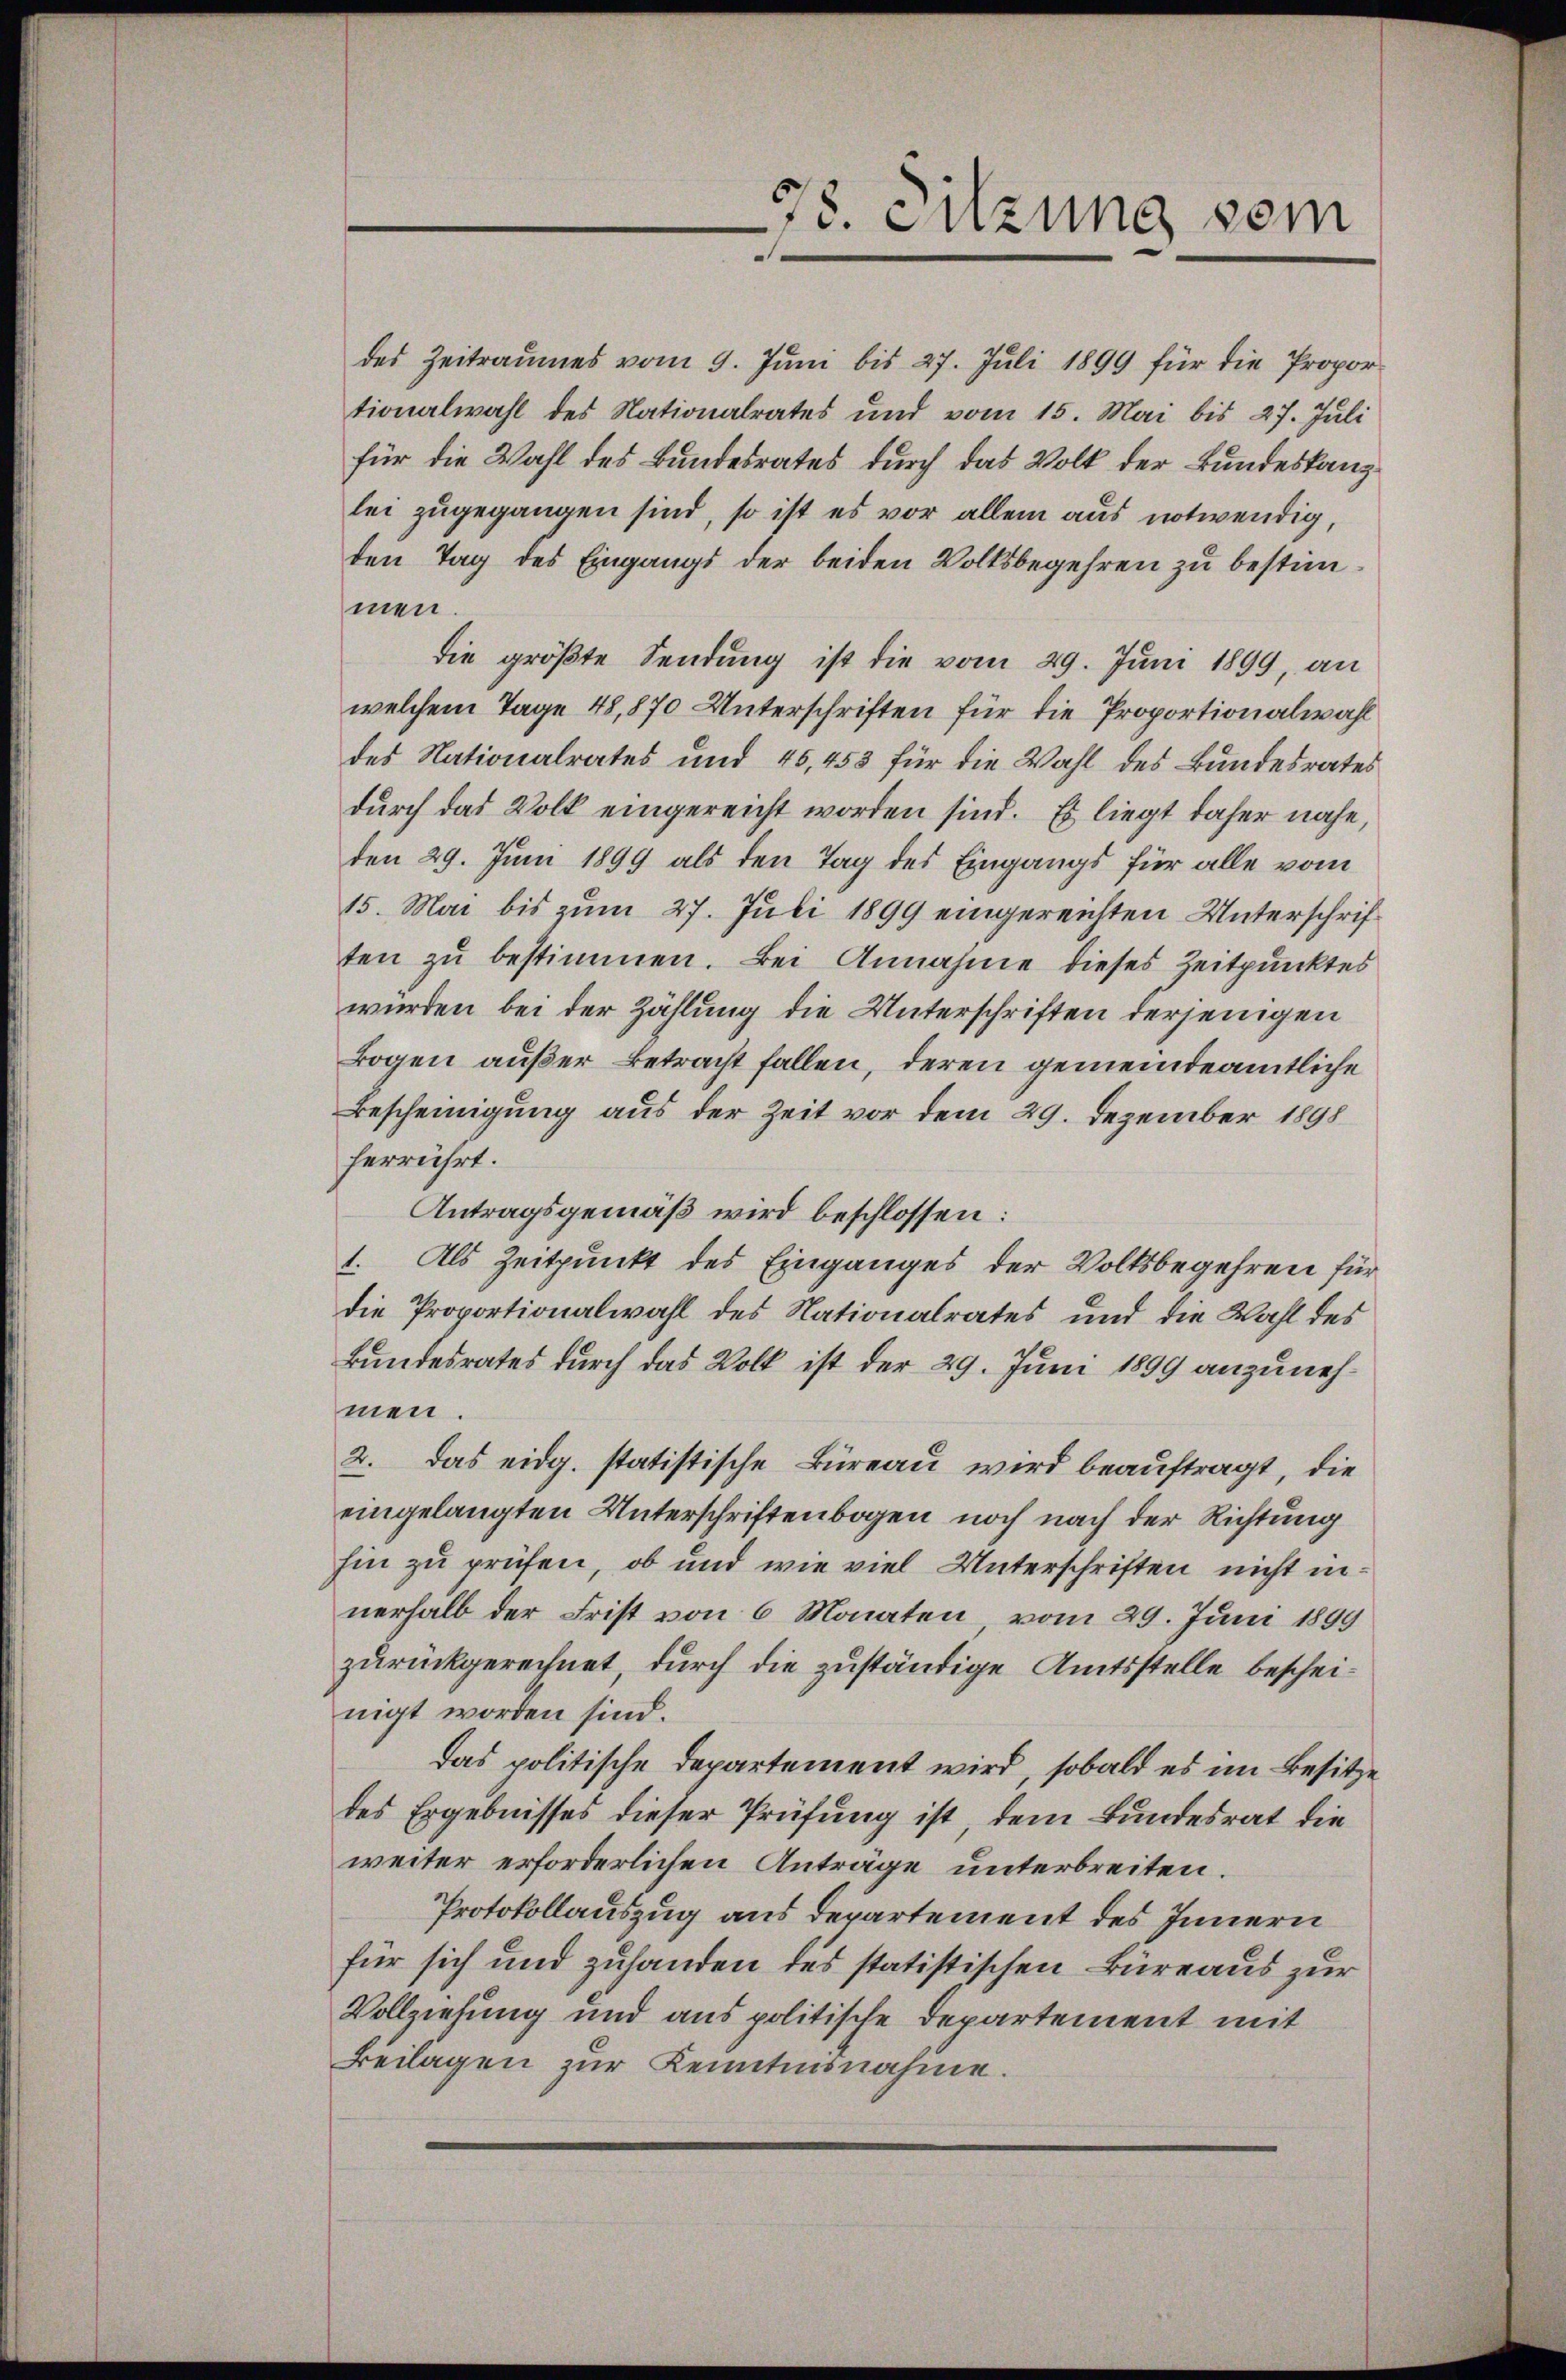
d Sitzung vom

des Zeitraumes vom 9. Juni bis 27. Juli 1899 für die Proportionalwahl des Nationalrates und vom 15. Mai bis 27. Juli
für die Wahl des Bundesrates durch das Volk der Bundeskanzlei zugegangen sind, so ist es vor allem aus notwendig,
den Tag des Eingangs der beiden Volksbegehren zu bestimmen.
die größte Sendung ist die vom 29. Juni 1899, an
welchem Tage 48,870 Unterschriften für die Proportionalwahl
des Nationalrates und 45,453 für die Wahl des Bundesrates
durch das Volk eingereicht worden sind. Es liegt daher nahe,
den 29. Juni 1899 als den Tag des Eingangs für alle vom
15. Mai bis zum 27. Juli 1899 eingereichten Unterschriften zŭ bestimmen. Bei Annahme dieses Zeitpunktes
wurden bei der Zählung die Unterschriften derjenigen
Bogen außer Betracht fallen, deren gemeindeämtliche
Bescheinigung aus der Zeit vor dem 29. Dezember 1898
herrührt.
Antragsgemäß wird beschlossen:
1. Als Zeitpunkt des Einganges der Volksbegehren für
die Proportionalwahl des Nationalrates und die Wahl des
Bundesrates durch das Volk ist der 29. Juni 1899 anzunehmen.
2. Das eidg. statistische Büreau wird beauftragt, die
eingelangten Unterschriftenbogen noch nach der Richtung
hin zu prüfen, ob und wie viel Unterschriften nicht innerhalb der Frist von 6 Monaten vom 29. Juni 1899
zurückgerechnet, durch die zuständige Amtsstelle bescheinigt worden sind.
das politische Departement wird, sobald es im Besitze
des Ergebnisses dieser Prüfung ist, dem Bundesrat die
weiter erforderlichen Anträge unterbreiten.
Protokollauszug aus Departement des Innern
für sich und zuhanden des statistischen Büreaus zur
Vollziehung und aus politische Departement mit
Beilagen zur Kenntnisnahme.